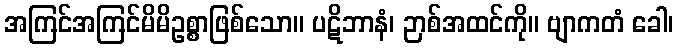
အကြင်အကြင်မိမိဥစ္စာဖြစ်သော။ ပဋိဘာနံ၊ ဉာစ်အထင်ကို။ ဗျာကတံ ခေါ၊